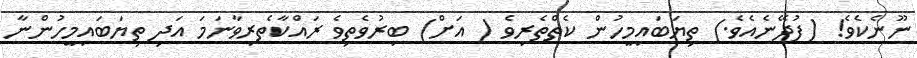
ނޫނެކެވެ! (ފުދޭނެއެވެ.) ތިޔަބައިމީހުން ކެތްތެރިވެ ( އަށް) ބިރުވެތިވެ ރައްކާތެރިވާނަމަ އަދި ތިޔަބައިމީހުންނާ